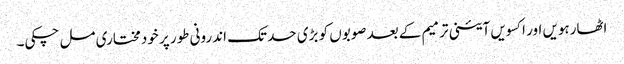
اٹھارہویں اور اکسویں آئینی ترمیم کے بعد صوبوں کو بڑی حد تک اندرونی طور پر خودمختاری مل چکی۔